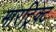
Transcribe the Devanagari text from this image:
मारट्रिक्ट